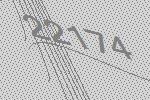
22174